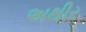
અથીર